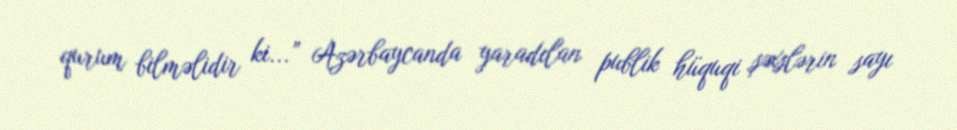
qurum bilməlidir ki...” Azərbaycanda yaradılan publik hüquqi şəxslərin sayı